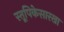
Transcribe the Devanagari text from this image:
स्तूपिकेसारखा